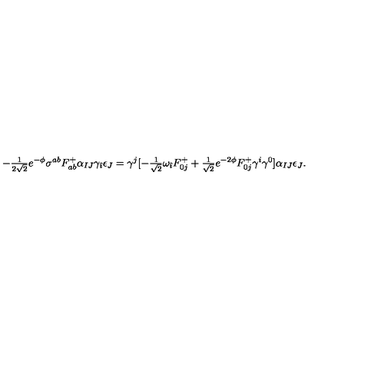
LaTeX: - { \textstyle \frac { 1 } { 2 \sqrt { 2 } } } e ^ { - \phi } \sigma ^ { a b } F _ { a b } ^ { + } \alpha _ { I J } \gamma _ { \hat { \imath } } \epsilon _ { J } = \gamma ^ { j } [ - { \textstyle \frac { 1 } { \sqrt { 2 } } } \omega _ { \hat { \imath } } F _ { 0 j } ^ { + } + { \textstyle \frac { 1 } { \sqrt { 2 } } } e ^ { - 2 \phi } F _ { 0 j } ^ { + } \gamma ^ { i } \gamma ^ { 0 } ] \alpha _ { I J } \epsilon _ { J } .